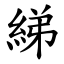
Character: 綈